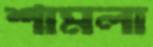
শামলা